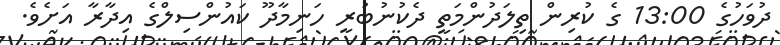
ދުވަހުގެ 13:00 ގެ ކުރިން ތިލަދުންމަތީ ދެކުނުބުރީ ހަނިމާދޫ ކައުންސިލްގެ އިދާރާ އަށެވެ.